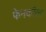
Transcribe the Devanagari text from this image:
फेनकॉल